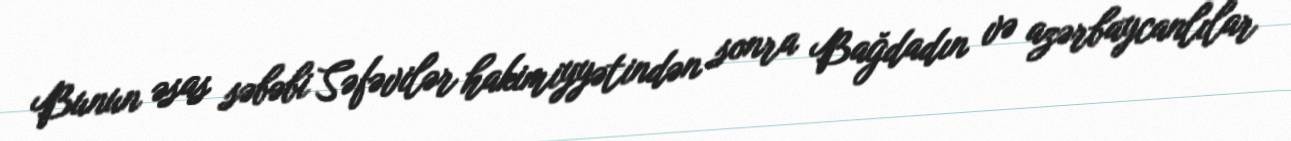
Bunun əsas səbəbi Səfəvilər hakimiyyətindən sonra Bağdadın və azərbaycanlılar